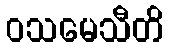
ဝသမေသီတိ